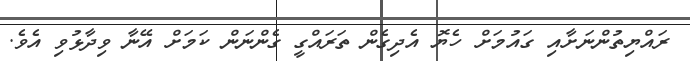
ރައްޔިތުންނަށާއި ގައުމަށް ހެޔޮ އެދިގެން ތަރައްގީ ގެންނަން ކަމަށް އޭނާ ވިދާޅުވި އެވެ.